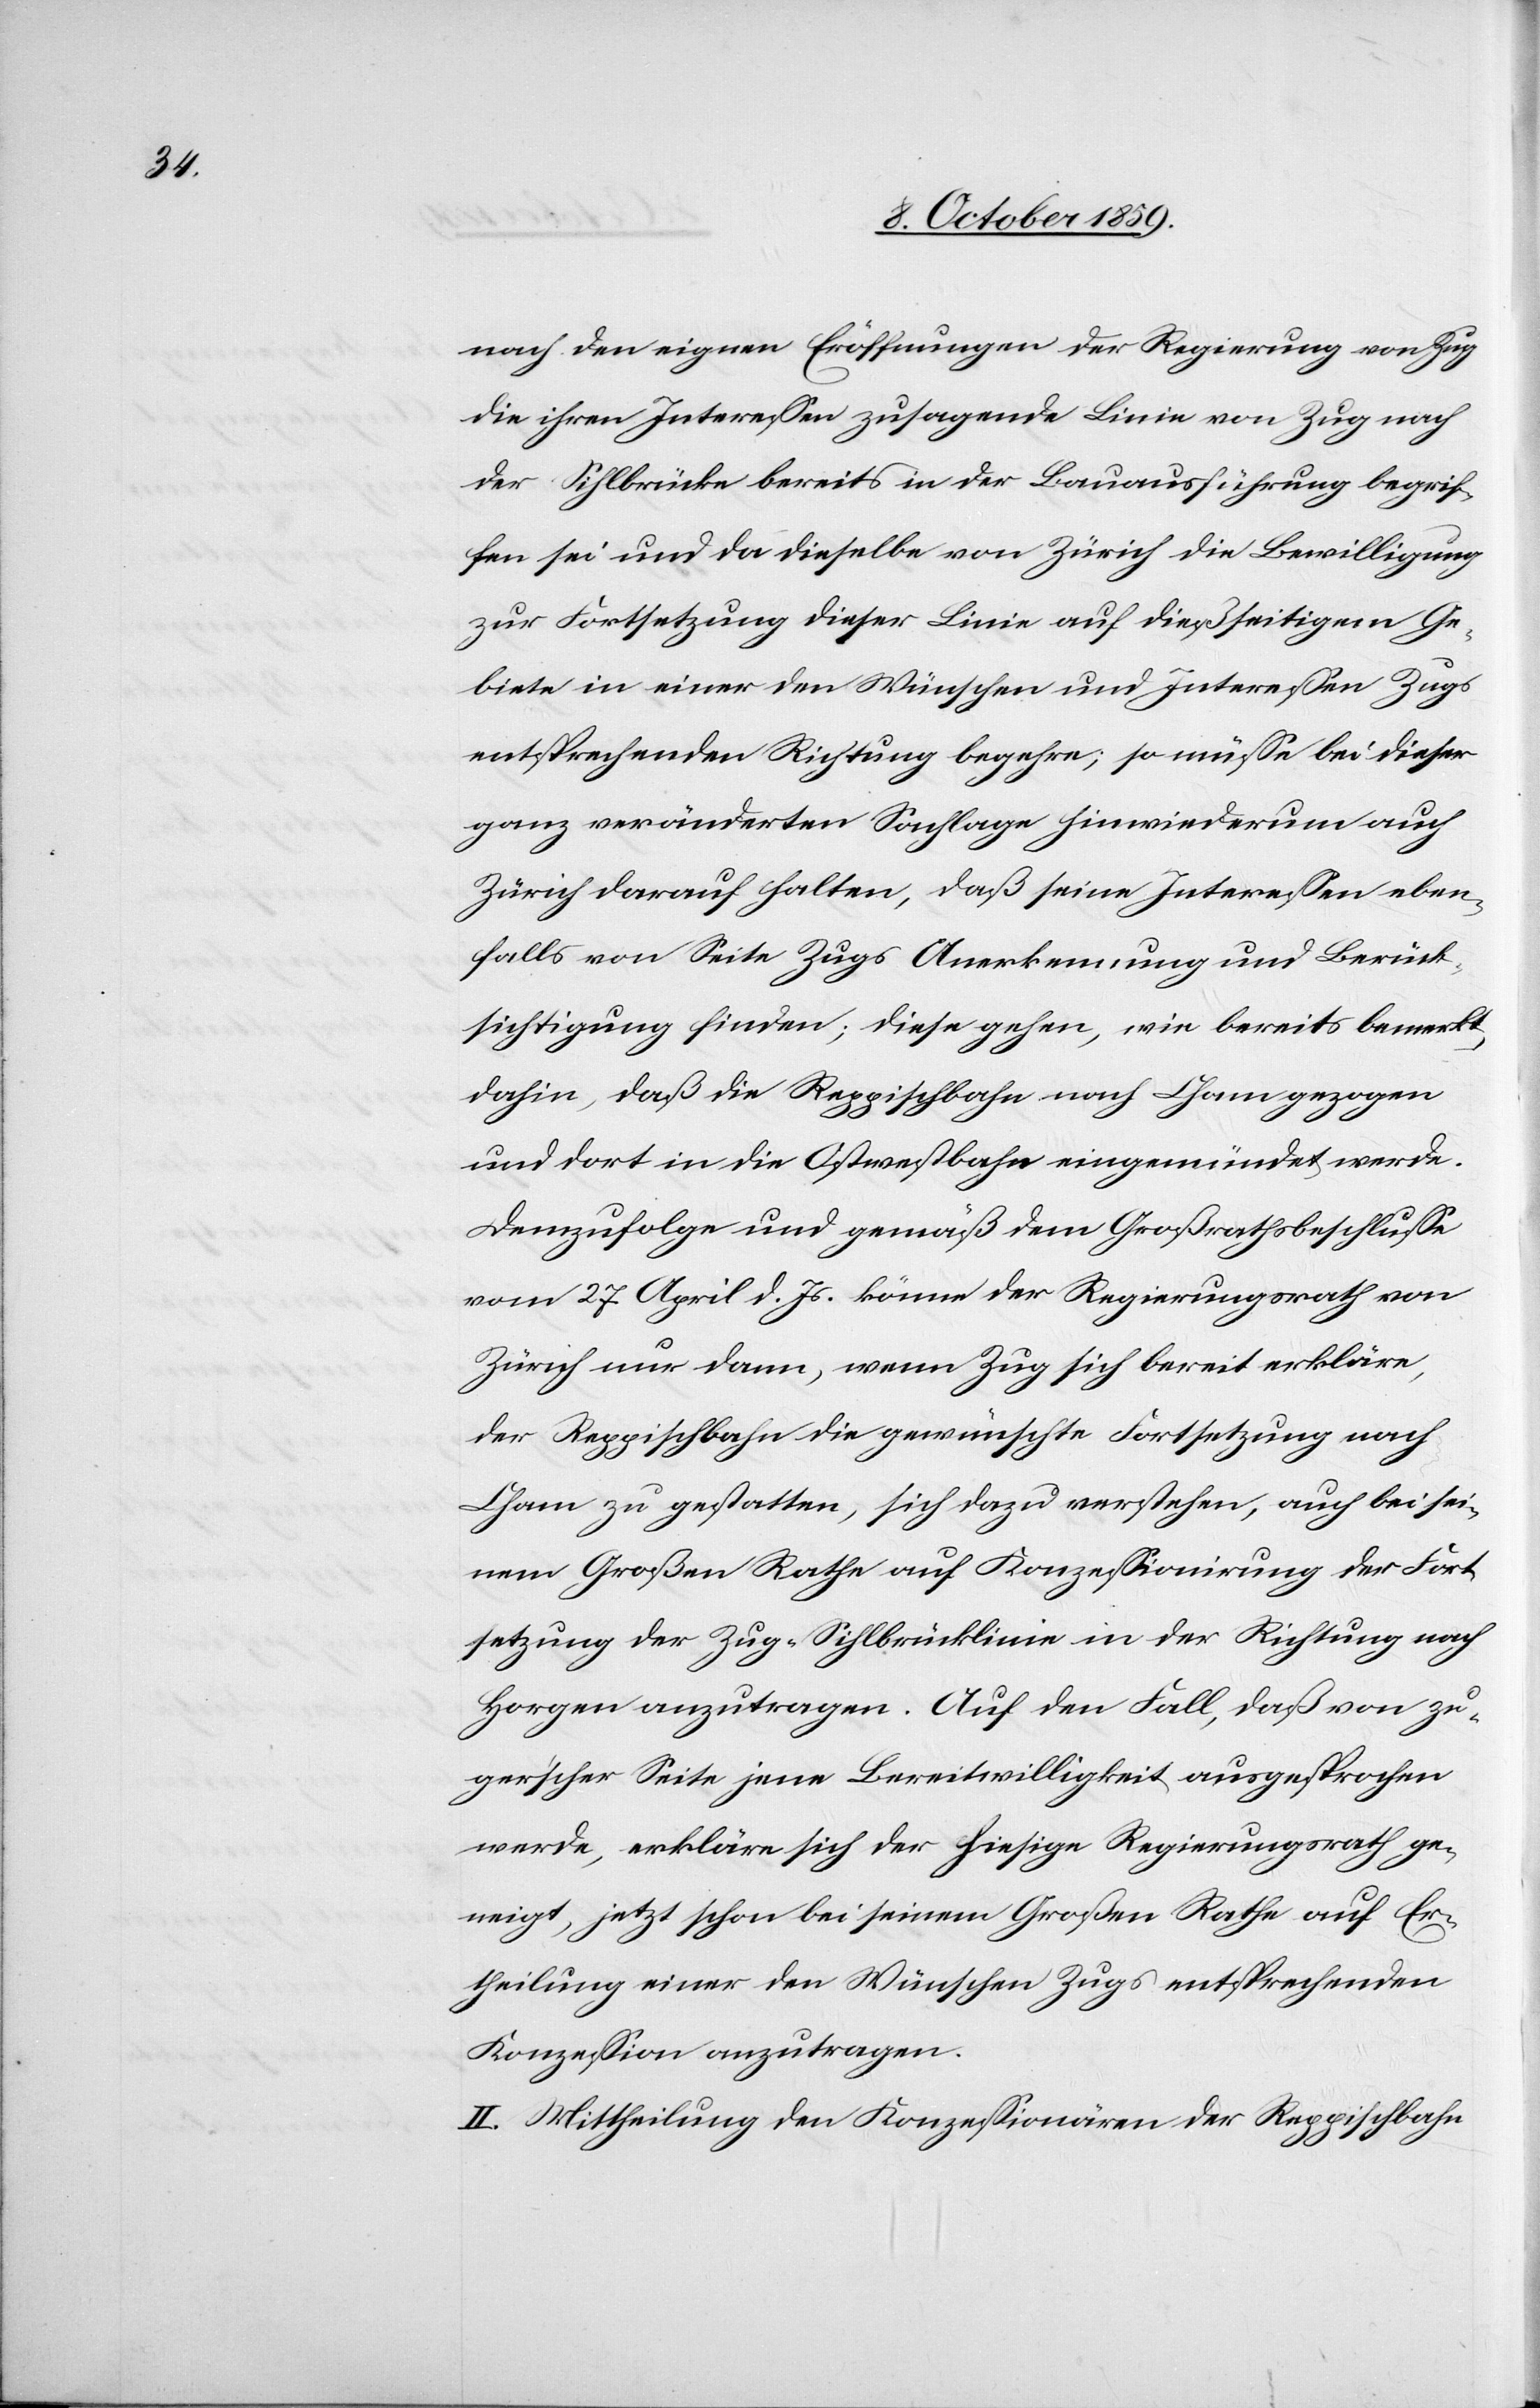
nach den eigene Eröffnungen der Regierung von Zug
die ihren Interessen zusagende Linie von Zug nac¬
h Sihlbrücke bereits in der Bauausführung begrif¬
fen sei und da dieselbe von Zürich die Bewilligung
zur Fortsetzung dieser Linie auf dießseitigem Ge¬
biete in einer den Wünschen und Interessen Zugs
entsprechenden Richtung begehre; so müsse bei dieser
ganz veränderten Sachlage hinwiederum auch
Zürich darauf halten, daß seine Interessen eben¬
falls von Seite Zugs Anerkennung und Berück¬
sichtigung finden; diese gehen, wie bereits bemerkt,
dahin, daß die Reppischbahn nach Cham gezogen
und dort in die Ostwestbahn eingemündet werde.
Demzufolge und gemäß dem Großrathsbeschlusse
vom 27. April d. Js. könne der Regierungsrath von
Zürich nur dann, wenn Zug sich bereit erkläre,
der Reppischbahn die gewünschte Fortsetzung nach
Cham zu gestatten, sich dazu verstehen, auch bei sei¬
nem Großen Rathe auf Konzessionirung der Fort¬
setzung der Zug–Sihlbrücklinie in der Richtung nach
Horgen anzutragen. Auf den Fall, daß von zu¬
ger'scher Seite jene Bereitwilligkeit ausgesprochen
werde, erkläre sich der hiesige Regierungsrath ge¬
neigt, jetzt schon bei seinem Großen Rathe auf Er¬
theilung einer den Wünschen Zugs entsprechenden
Konzession anzutragen.
II. Mittheilung den Konzessionären der Reppischbahn